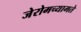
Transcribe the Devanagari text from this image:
जेरोमच्यामते